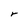
Character: r